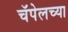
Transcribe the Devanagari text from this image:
चॅपेलच्या